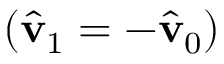
( \hat { \mathbf { v } } _ { 1 } = - \hat { \mathbf { v } } _ { 0 } )